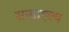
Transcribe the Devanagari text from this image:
सन्ग्राह्ल्य